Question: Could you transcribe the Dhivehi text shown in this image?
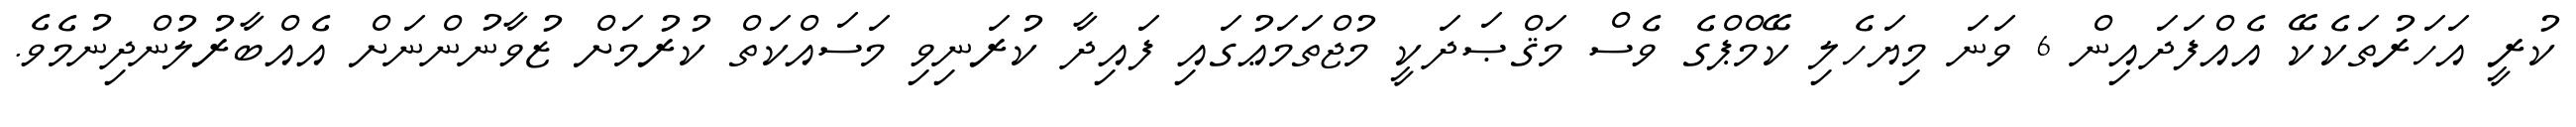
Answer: ކުރީ އަހަރުތަކެކޭ އެއްފަދައިން 6 ވަނަ މިޔަހެލި ކޭމްޕްގެ ވެސް މަޤްޞަދަކީ މުޖްތަމަޢުގައި ފައިދާ ކުރަނިވި މަސައްކަތް ކުރުމަށް ޒުވާނުންނަށް އެއްބާރުލުންދިނުމެވެ.